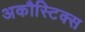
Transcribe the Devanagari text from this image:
अकौस्टिक्स